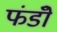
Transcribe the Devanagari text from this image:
फंडोँ